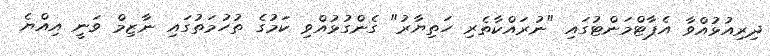
ދިރިއުޅުއްވާ އެޕާޓްމަންޓުގައި "ނުރައްކާތެރި ހަތިޔާރު" ގެންގުޅުއްވި ކަމުގެ ތުހުމަތުގައި ނާޒިމް ވަނީ އިއްޔެ